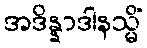
အဒိန္နာဒါနသ္မိံ